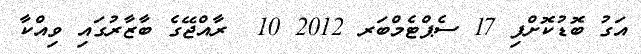
އަގު ބޮޑުކޮށްފި 17 ސެޕްޓެމްބަރ 2012 10  ރާއްޖޭގެ ބާޒާރުގައި ވިއްކާ